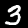
Label: 3